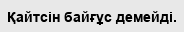
Қайтсін байғұс демейді.